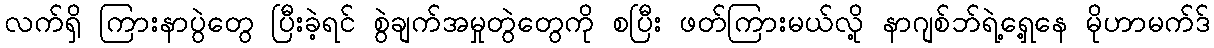
လက်ရှိ ကြားနာပွဲတွေ ပြီးခဲ့ရင် စွဲချက်အမှုတွဲတွေကို စပြီး ဖတ်ကြားမယ်လို့ နာဂျစ်ဘ်ရဲ့ရှေ့နေ မိုဟာမက်ဒ်